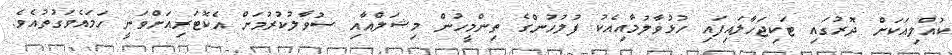
ކުއްލިއަކަށް ދޮރުގައި ޓަކިޖަހާލައިފައި ހުޅުވާލުމާއިއެކު ފުލުހުންގެ ތިންމީހުން މިޝަލްއާއި ސުވާލުކުރުމަށް އެކޮޓަރިއަށްވަނީ ހަމައެވަގުތުއެވެ.